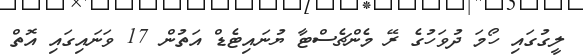
ލީގުގައި ހޯމަ ދުވަހުގެ ރޭ މެންޗެސްޓާ ޔުނައިޓެޑް އަތުން 17 ވަނައިގައި އޮތް